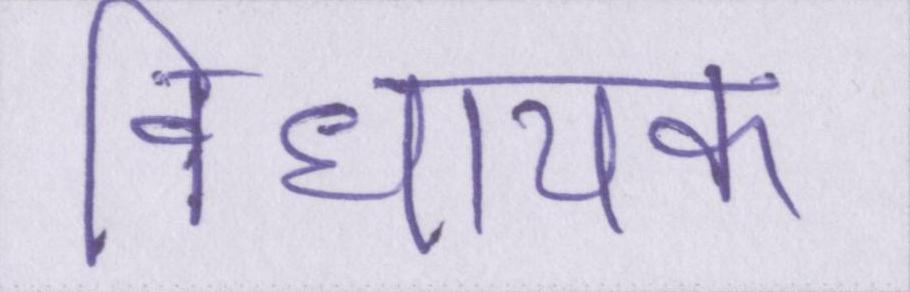
विधायक